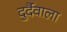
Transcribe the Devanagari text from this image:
दुर्दैवाला